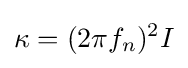
\kappa =(2\pi f_{n})^{2}I